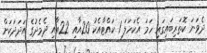
ދެވަނަ ކޮތަރިބައިގައި ހަމަ އެކަހަލަ 1 ކައްޓާއެކު 20އާއި 22އާއި ދެމެދުގެ އަދަދަކަށް